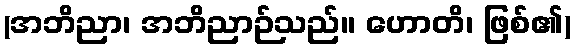
(အဘိညာ၊ အဘိညာဉ်သည်။ ဟောတိ၊ ဖြစ်၏)